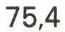
75,4